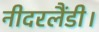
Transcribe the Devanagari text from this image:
नीदरलैंडी।